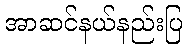
အာဆင်နယ်နည်းပြ